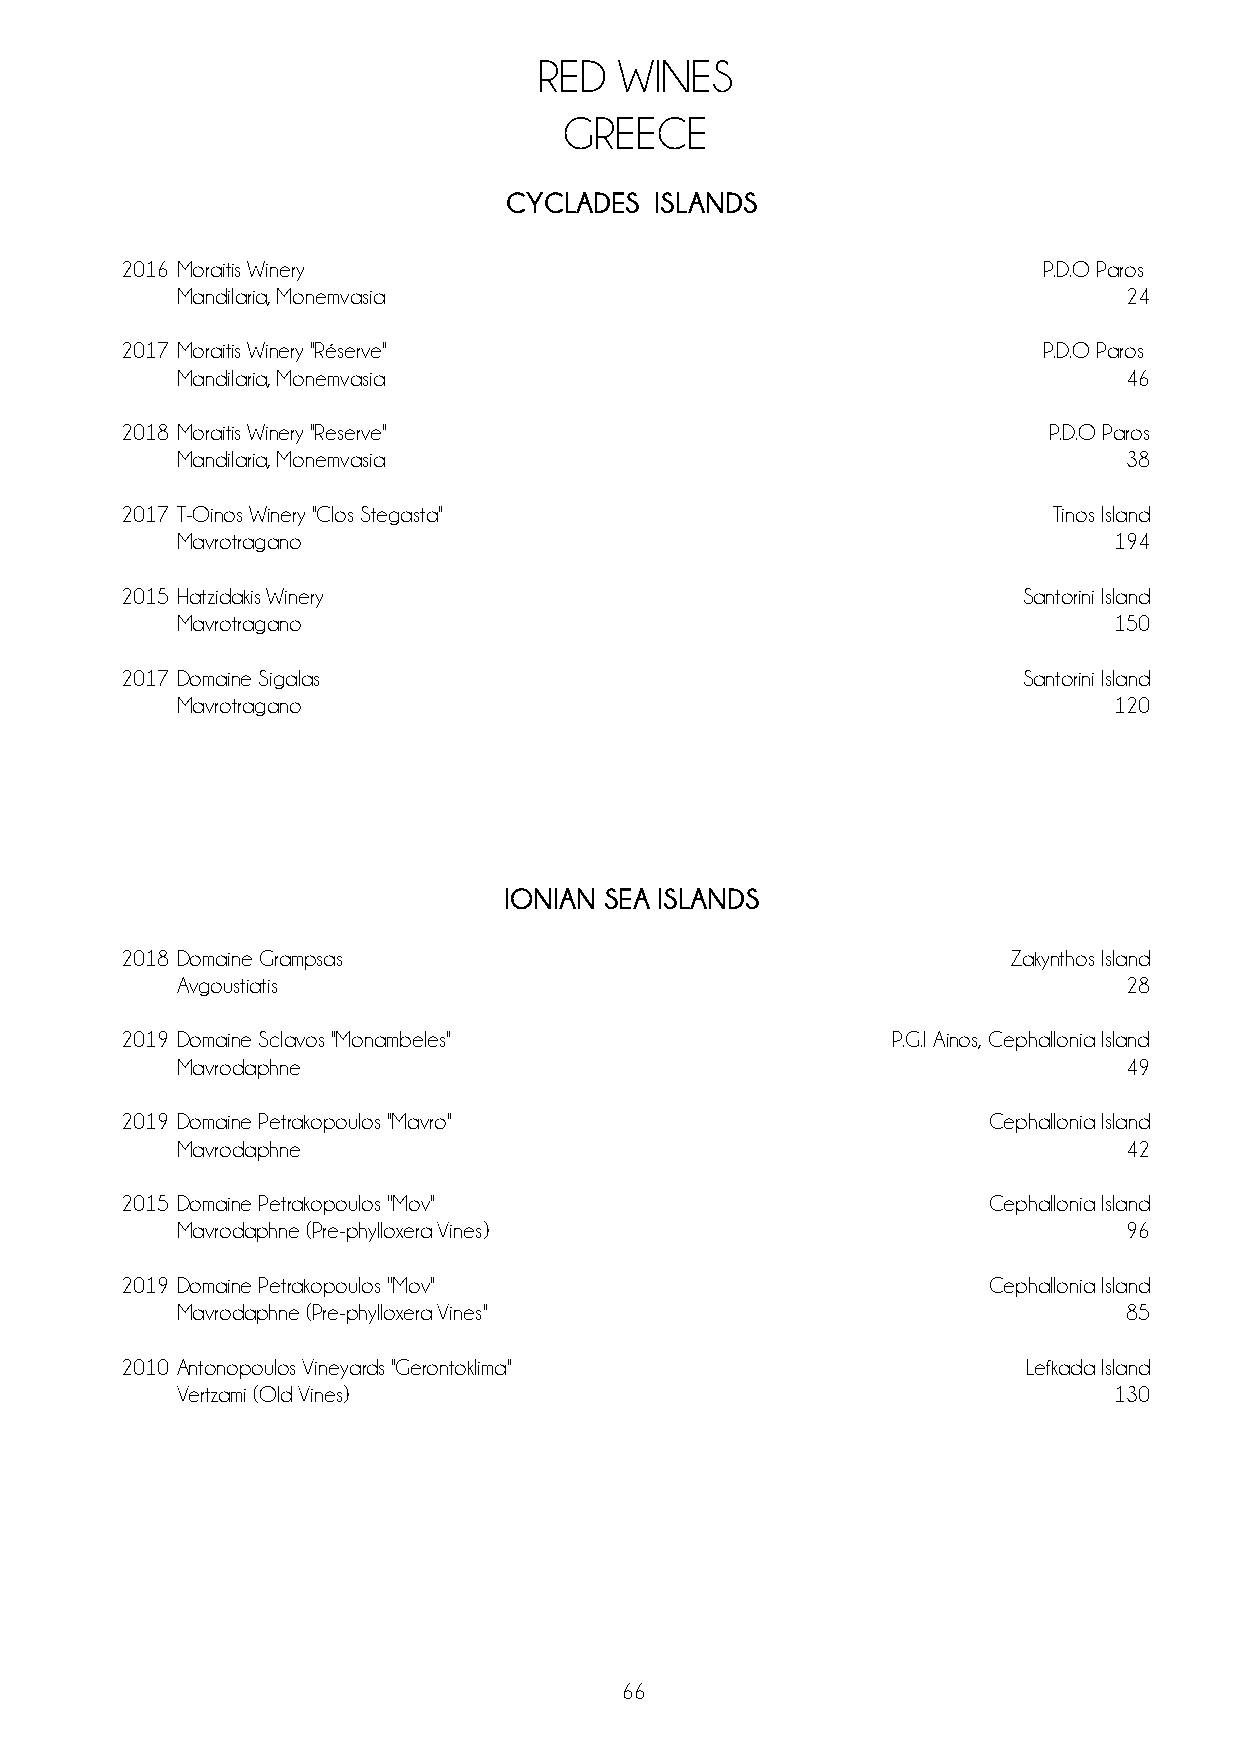
RED  WINES
 GREECE
 CYCLADES  ISLANDS
 2016 Moraitis Winery                                         P.D.O Paros
 Mandilaria, Monemvasia                                        24
 2017 Moraitis Winery ''Réserve''                             P.D.O Paros
 Mandilaria, Monemvasia                                        46
 2018 Moraitis Winery ''Reserve''                             P.D.O Paros
 Mandilaria, Monemvasia                                        38
 2017 T-Oinos Winery ''Clos Stegasta''                         Tinos Island
 Mavrotragano                                                  194
 2015 Hatzidakis Winery                                      Santorini Island
 Mavrotragano                                                  150
 2017 Domaine Sigalas                                        Santorini Island
 Mavrotragano                                                  120
 IONIAN SEA ISLANDS
 2018 Domaine Grampsas                                      Zakynthos Island
 Avgoustiatis                                                  28
 2019 Domaine Sclavos ''Monambeles''                P.G.I Ainos, Cephallonia Island
 Mavrodaphne                                                   49
 2019 Domaine Petrakopoulos ''Mavro''                     Cephallonia Island
 Mavrodaphne                                                   42
 2015 Domaine Petrakopoulos ''Mov''                       Cephallonia Island
 Mavrodaphne (Pre-phylloxera Vines)                            96
 2019 Domaine Petrakopoulos ''Mov''                       Cephallonia Island
 Mavrodaphne (Pre-phylloxera Vines''                           85
 2010 Antonopoulos Vineyards ''Gerontoklima''                Lefkada Island
 Vertzami (Old Vines)                                          130
 66